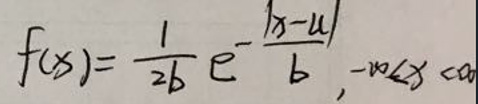
\[
f(x)=\frac{1}{2b}e^{-\frac{|x - \mu|}{b}},-\infty<x<\infty
\]